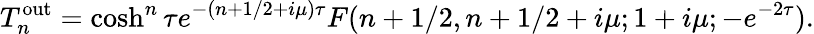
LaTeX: T_{n}^{\mathrm{{out}}}=\cosh^{n}\tau e^{-(n+1/2+i\mu)\tau}F(n+1/2,n+1/2+i\mu;1+i\mu;-e^{-2\tau}).